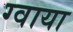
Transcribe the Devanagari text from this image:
ग्वाया